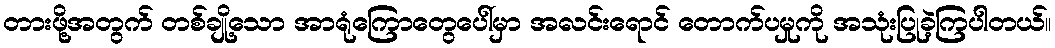
တားဖို့အတွက် တစ်ချို့သော အာရုံကြောတွေပေါ်မှာ အလင်းရောင် တောက်ပမှုကို အသုံးပြုခဲ့ကြပါတယ်။